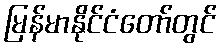
မြန်မာနိုင်ငံတော်တွင်